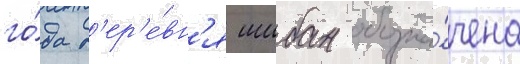
го́да д'ер'е́вн'я шибан обозна́чена